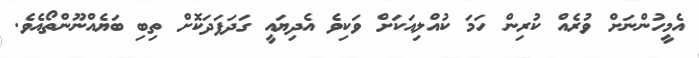
އެމީހުންނަށް ވުރެއް ކުރިން ހަމަ ކުއްލިއަކަށް ވަކިވެ އެދިޔައީ ގަދަފަދަކޮށް ތިބި ބަޔެއްނޫންތޯއެވެ.